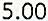
5.00